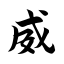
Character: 威